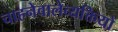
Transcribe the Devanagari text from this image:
चाहनेवालेव्यक्तियों